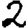
Digit: 2